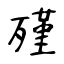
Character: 殣